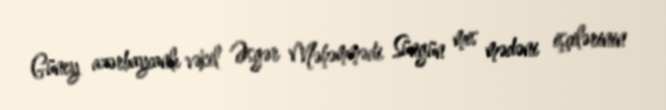
Güney azərbaycanlı vəkil Əsgər Məhəmmədi Süngün mis mədəni işçilərinin